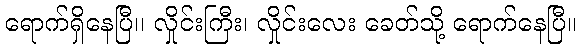
ရောက်ရှိနေပြီ၊၊ လှိုင်းကြီး၊ လှိုင်းလေး ခေတ်သို့ ရောက်နေပြီ။